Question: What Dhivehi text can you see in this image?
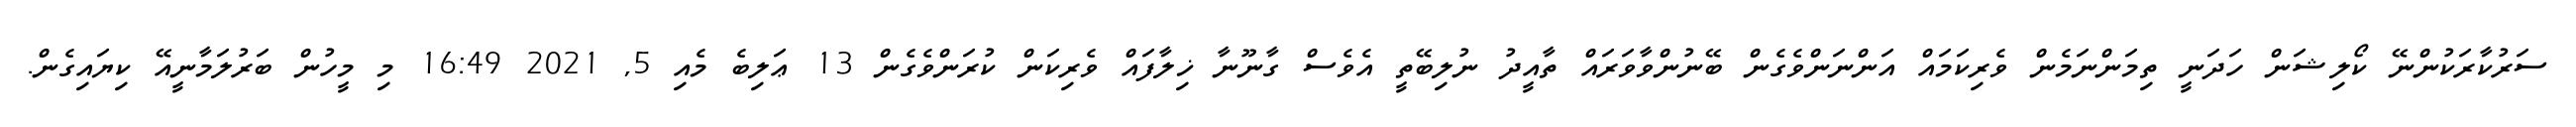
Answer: ސަރުކާރަކުންނޭ ކޯލިޝަން ހަދަނީ ތިމަންނަމެން ވެރިކަމައް އަންނަންވެގެން ބޭނުންވާވަރައް ތާއީދު ނުލިބޭތީ އެވެސް ގާނޫނާ ޚިލާފައް ވެރިކަން ކުރަންވެގެން 13 ޢަލިބެ މެއި 5, 2021 16:49 މި މީހުން ބަރުލަމާނީއޭ ކިޔައިގެން.